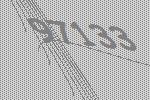
97133